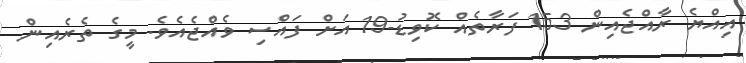
އިއްޔެ ރާއްޖެއިން 153 ފަރާތެއް ކޮވިޑު-19 އަށް ފައްސި ވެއްޖެއެވެ. މީގެ ތެރެއިން